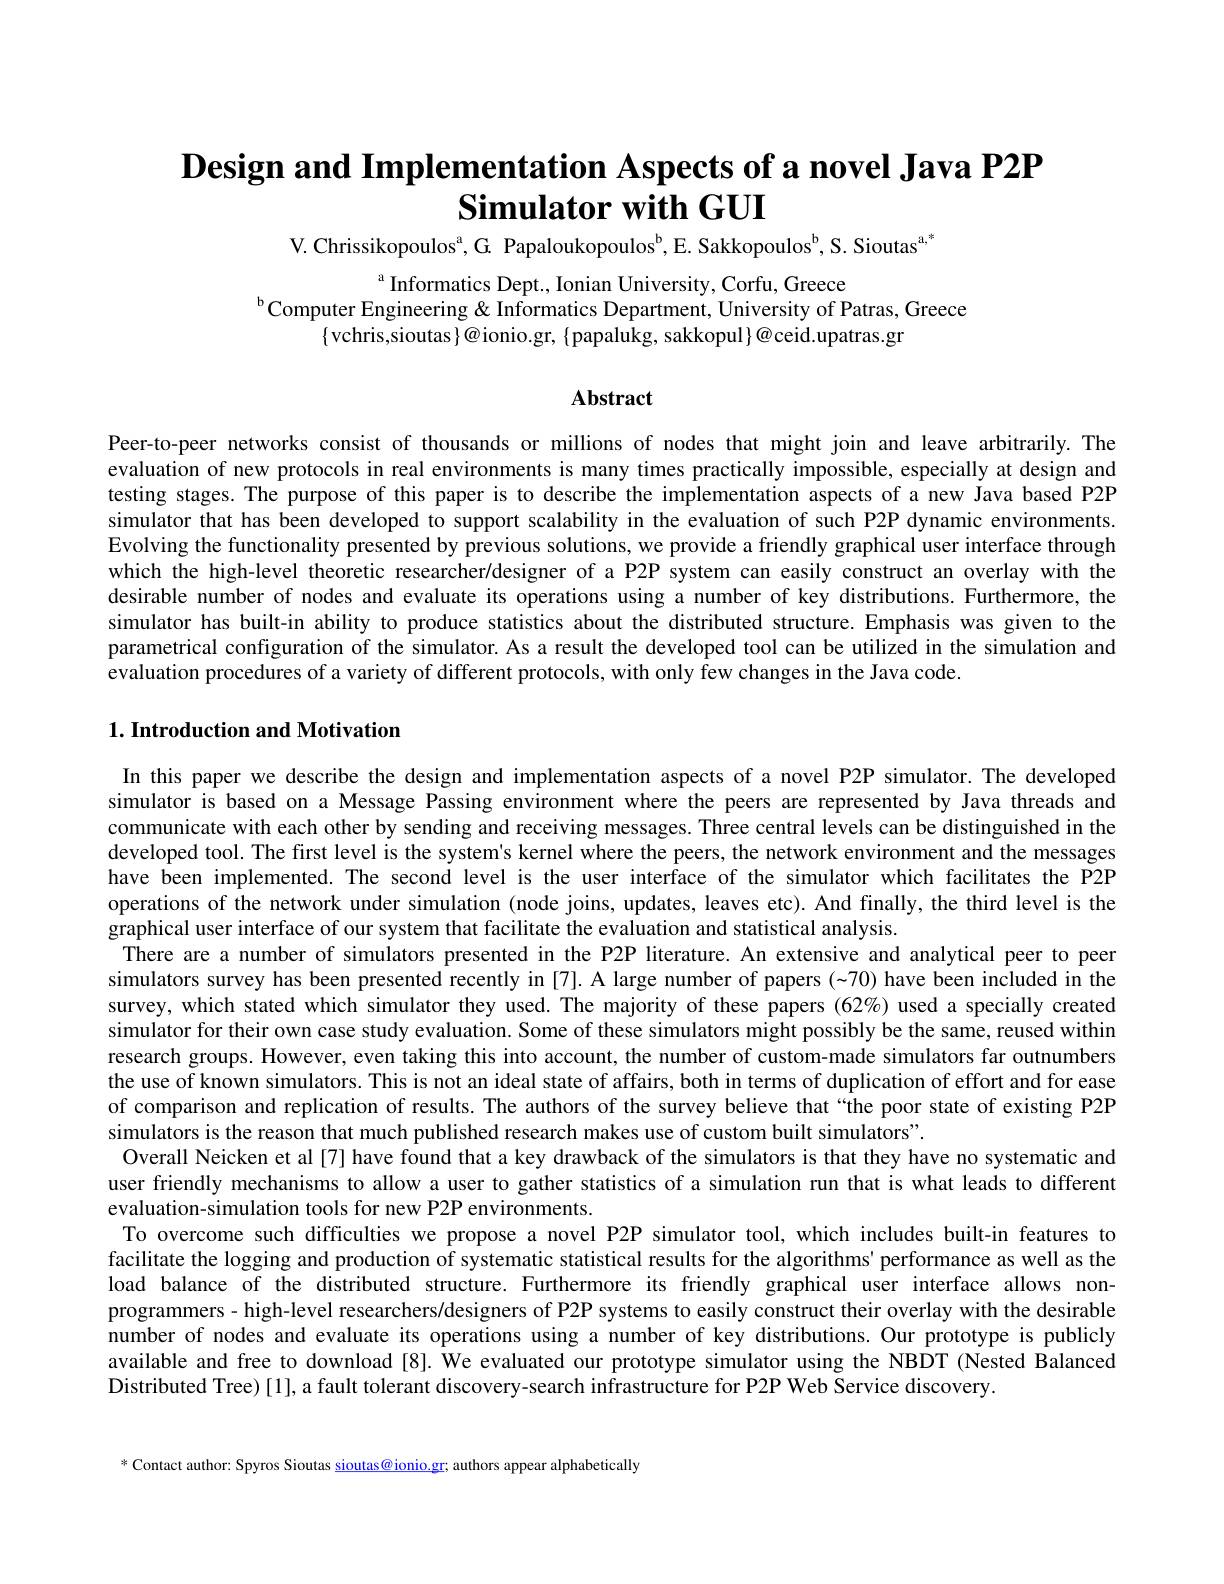
# $\textbf{Design and Implementation Aspects of a novel Java P2P}$ Simulator with GUI

V. Chrissikopoulos$^\mathrm{a} $,G. Papaloukopoulo$s^b$, E. Sakkopoulo$s^b$, S. Siouta$s^{a, * }$

$^{\mathrm{a}}$ Informatics Dept., Ionian University, Corfu, Greece
$^{\mathrm{b}}$Computer Engineering& Informatics Department, University of Patras, Greece
$\{$vchris,sioutas$\}@$ionio.gr, $\{$papalukg, sakkopul$\}@$ceid.upatras.gr

Abstract

Peer-to-peer networks consist of thousands or millions of nodes that might join and leave arbitrarily. The evaluation of new protocols in real environments is many times practically impossible, especially at design and testing stages. The purpose of this paper is to describe the implementation aspects of a new Java based P2P simulator that has been developed to support scalability in the evaluation of such P2P dynamic environments. Evolving the functionality presented by previous solutions, we provide a friendly graphical user interface through which the high-level theoretic researcher/designer of a P2P system can easily construct an overlay with the desirable number of nodes and evaluate its operations using a number of key distributions. Furthermore, the simulator has built-in ability to produce statistics about the distributed structure. Emphasis was given to the parametrical configuration of the simulator. As a result the developed tool can be utilized in the simulation and evaluation procedures of a variety of different protocols, with only few changes in the Java code.

## $1. \textbf{Introduction and Motivation}$

In this paper we describe the design and implementation aspects of a novel P2P simulator. The developed simulator is based on a Message Passing environment where the peers are represented by Java threads and communicate with each other by sending and receiving messages. Three central levels can be distinguished in the developed tool. The first level is the system's kernel where the peers, the network environment and the messages have been implemented. The second level is the user interface of the simulator which facilitates the P2P operations of the network under simulation (node joins, updates, leaves etc). And finally, the third level is the graphical user interface of our system that facilitate the evaluation and statistical analysis
There are a number of simulators presented in the P2P literature. An extensive and analytical peer to peer simulators survey has been presented recently in [7]. A large number of papers (-70) have been included in the survey, which stated which simulator they used. The majority of these papers (62%) used a specially created simulator for their own case study evaluation. Some of these simulators might possibly be the same, reused within research groups. However, even taking this into account, the number of custom-made simulators far outnumbers the use of known simulators. This is not an ideal state of affairs, both in terms of duplication of effort and for ease of comparison and replication of results. The authors of the survey believe that“the poor state of existing P2P simulators is the reason that much published research makes use of custom built simulators".
Overall Neicken et al [7] have found that a key drawback of the simulators is that they have no systematic and user friendly mechanisms to allow a user to gather statistics of a simulation run that is what leads to different evaluation-simulation tools for new P2P environments.
To overcome such difficulties we propose a novel P2P simulator tool, which includes built-in features to facilitate the logging and production of systematic statistical results for the algorithms' performance as well as the load balance of the distributed structure. Furthermore. Furthermore its friendly graphical user interface allows nonprogrammers - high-level researchers/designers of P2P systems to easily construct their overlay with the desirable number of nodes and evaluate its operations using a number of key distributions. Our prototype is publicly available and free to download [8]. We evaluated our prototype simulator using the NBDT (Nested Balanced Distributed Tree) [1], a fault tolerant discovery-search infrastructure for P2P Web Service discovery.

* Contact author: Spyros Sioutas sioutas@ ionio.gr; authors appear alphabetically